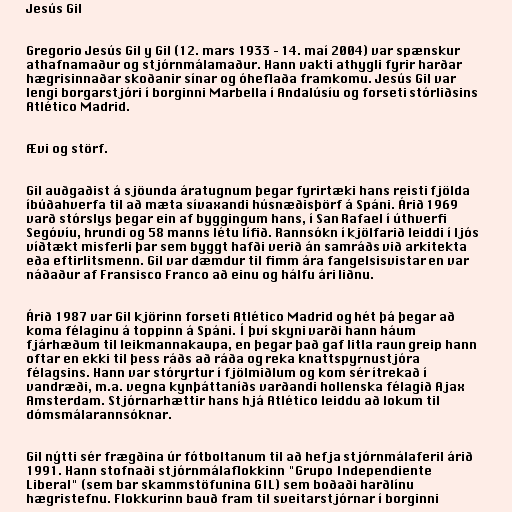
Jesús Gil

Gregorio Jesús Gil y Gil (12. mars 1933 – 14. maí 2004) var spænskur
athafnamaður og stjórnmálamaður. Hann vakti athygli fyrir harðar
hægrisinnaðar skoðanir sínar og óheflaða framkomu. Jesús Gil var
lengi borgarstjóri í borginni Marbella í Andalúsíu og forseti stórliðsins
Atlético Madrid.

Ævi og störf.

Gil auðgaðist á sjöunda áratugnum þegar fyrirtæki hans reisti fjölda
íbúðahverfa til að mæta sívaxandi húsnæðisþörf á Spáni. Árið 1969
varð stórslys þegar ein af byggingum hans, í San Rafael í úthverfi
Segóvíu, hrundi og 58 manns létu lífið. Rannsókn í kjölfarið leiddi í ljós
víðtækt misferli þar sem byggt hafði verið án samráðs við arkitekta
eða eftirlitsmenn. Gil var dæmdur til fimm ára fangelsisvistar en var
náðaður af Fransisco Franco að einu og hálfu ári liðnu.

Árið 1987 var Gil kjörinn forseti Atlético Madrid og hét þá þegar að
koma félaginu á toppinn á Spáni. Í því skyni varði hann háum
fjárhæðum til leikmannakaupa, en þegar það gaf litla raun greip hann
oftar en ekki til þess ráðs að ráða og reka knattspyrnustjóra
félagsins. Hann var stóryrtur í fjölmiðlum og kom sér ítrekað í
vandræði, m.a. vegna kynþáttaníðs varðandi hollenska félagið Ajax
Amsterdam. Stjórnarhættir hans hjá Atlético leiddu að lokum til
dómsmálarannsóknar.

Gil nýtti sér frægðina úr fótboltanum til að hefja stjórnmálaferil árið
1991. Hann stofnaði stjórnmálaflokkinn "Grupo Independiente
Liberal" (sem bar skammstöfunina GIL) sem boðaði harðlínu
hægristefnu. Flokkurinn bauð fram til sveitarstjórnar í borginni